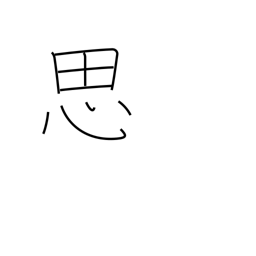
Meaning: think